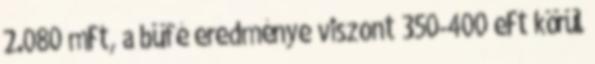
2.080 mFt, a büfé eredménye viszont 350-400 eFt körül